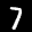
Label: 7